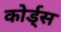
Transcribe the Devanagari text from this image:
कोर्ड्स